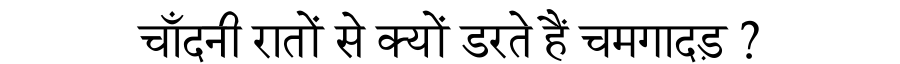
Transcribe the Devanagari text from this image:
चाँदनी रातों से क्यों डरते हैं चमगादड़ ?